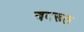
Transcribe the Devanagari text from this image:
बदरूल